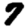
Digit: 7